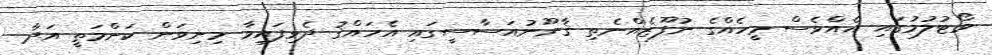
ވޯޓުލުމުގައި އެއްވެސް މީހެއްގެ ނުފޫޒެއްނެތި ޤާނޫނުއަސާސީގައި އެހައްޤު ދެވިފައިވާ މިނިވަން ކަންމަތީ އަދާ